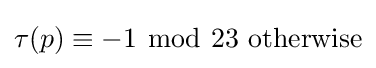
\tau (p)\equiv -1\ {\bmod {\ }}23{\text{ otherwise}}